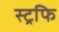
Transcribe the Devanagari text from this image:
स्ट्रफि